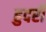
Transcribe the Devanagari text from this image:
हुदरी